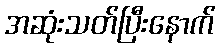
အဆုံးသတ်ပြီးနောက်